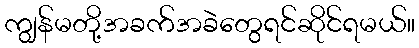
ကျွန်မတို့အခက်အခဲတွေရင်ဆိုင်ရမယ်။